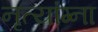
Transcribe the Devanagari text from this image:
नृत्यांग्ना